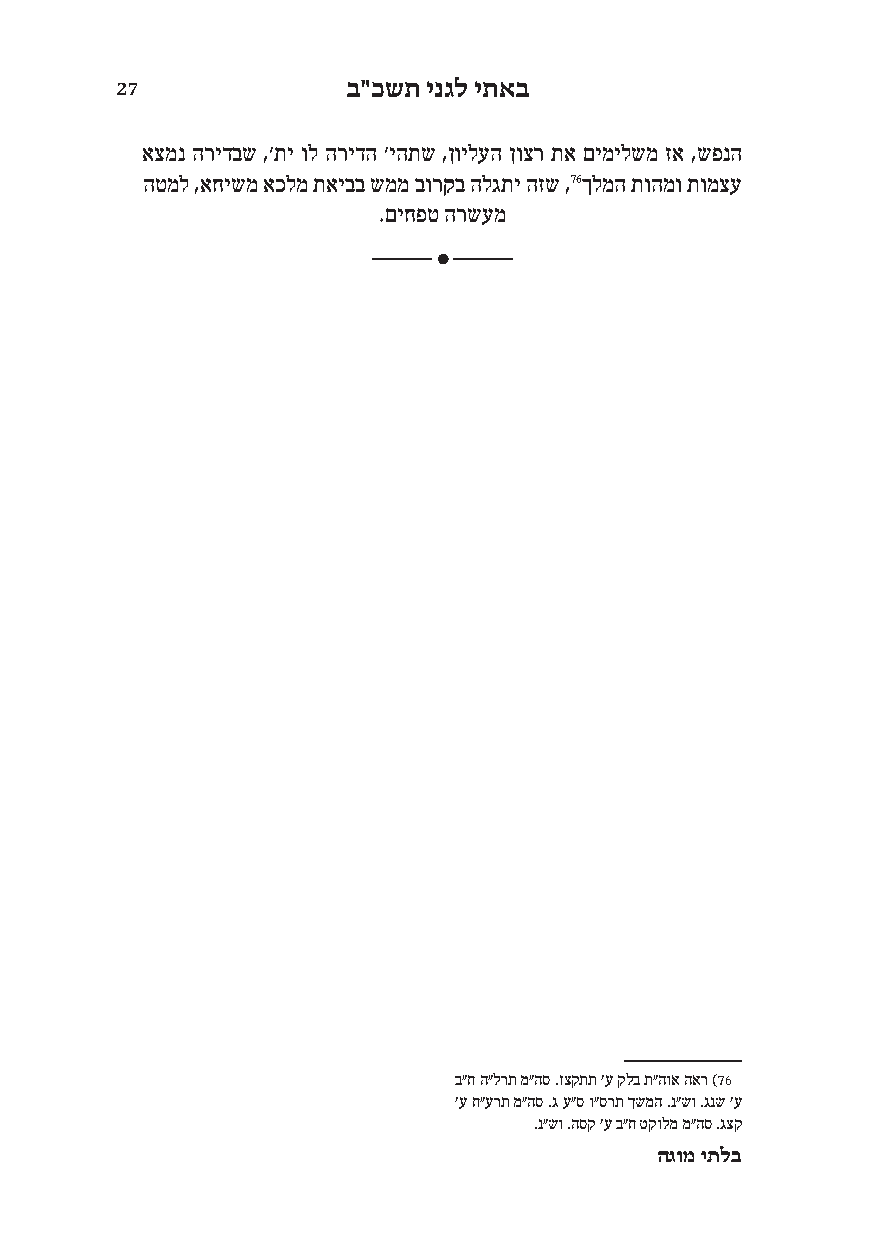
27             ב "כשת –ינ גל י תאב 
   ,    ,     ,
  ,       ,76  
 . 
    .     (76
    .    . . 
 . .     .
  